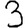
Digit: 3